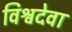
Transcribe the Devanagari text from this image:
विश्वदेवा